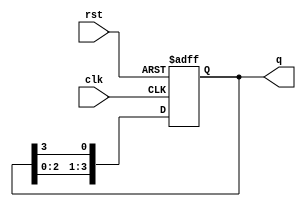
module ring_counter (
    input wire clk,       // Clock input
    input wire rst,       // Reset input
    output reg [N-1:0] q // Output of the counter (N flip-flops)
);

parameter N = 4; // Number of flip-flops in the ring counter

always @(posedge clk or posedge rst) begin
    if (rst) begin
        // Reset the counter to initial state: 1000...0
        q <= 1 << (N - 1); // Set the highest flip-flop to '1'
    end else begin
        // Shift the '1' around the ring
        q <= {q[N-2:0], q[N-1]}; // Shift left and wrap around
    end
end

endmodule